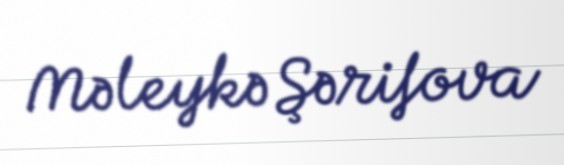
Məleykə Şərifova